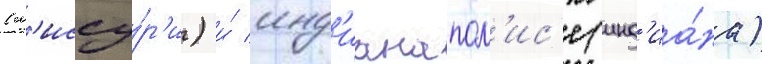
(м'иссу́р'и) и́ инд'ианапол'ис'е (инд'иа́на)